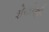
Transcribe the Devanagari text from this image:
शेखोजी